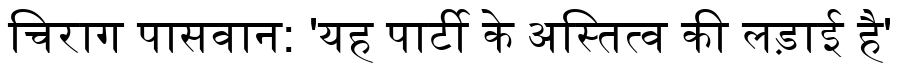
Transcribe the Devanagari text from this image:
चिराग पासवान: 'यह पार्टी के अस्तित्व की लड़ाई है'